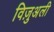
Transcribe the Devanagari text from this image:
विज़ुअली